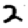
Digit: 2